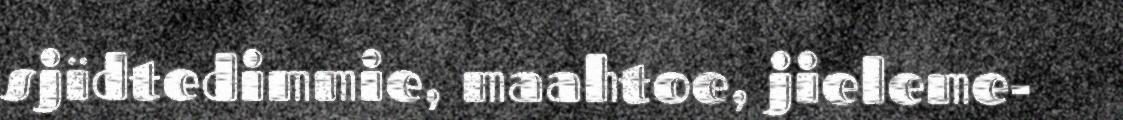
sjïdtedimmie, maahtoe, jieleme-